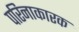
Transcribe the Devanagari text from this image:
परिनाकारक